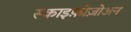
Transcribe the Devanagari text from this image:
स्काइफ़ोज़ोअन